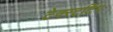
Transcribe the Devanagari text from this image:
टेक्स्टटिंग